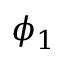
\phi _ { 1 }